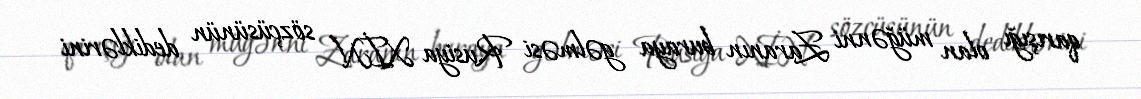
qarışığı olan müğənni Zaranın buraya gəlməsi Rusiya XİN sözçüsünün dediklərini